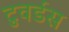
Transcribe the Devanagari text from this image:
टुवर्डस